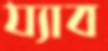
য্যাব